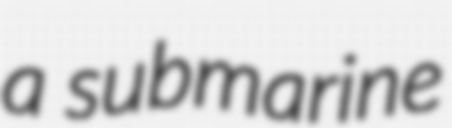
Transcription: a submarine